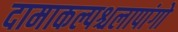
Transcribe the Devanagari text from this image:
दामाकल्पश्चलापांगो